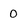
Character: 0